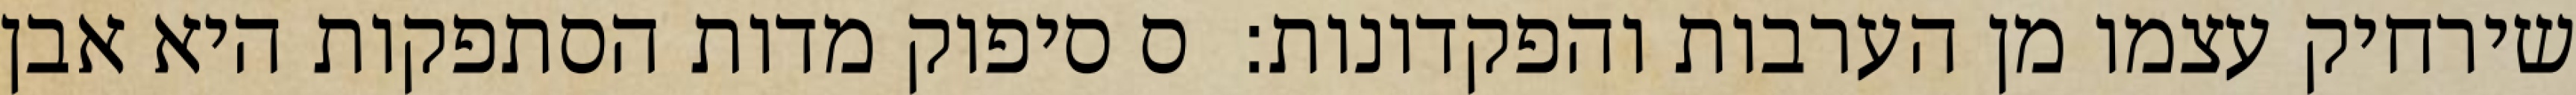
שירחיק עצמו מן הערבות והפקדונות:  ס סיפוק מדות הסתפקות היא אבן